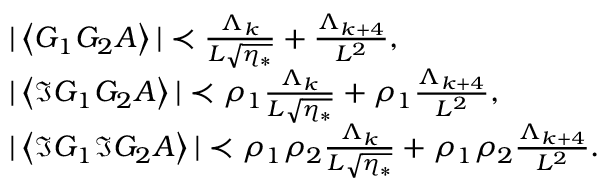
\begin{array} { r l } & { | \left\langle { G _ { 1 } G _ { 2 } A } \right\rangle | \prec \frac { \Lambda _ { k } } { L \sqrt { \eta _ { * } } } + \frac { \Lambda _ { k + 4 } } { L ^ { 2 } } , } \\ & { | \left\langle { \Im G _ { 1 } G _ { 2 } A } \right\rangle | \prec \rho _ { 1 } \frac { \Lambda _ { k } } { L \sqrt { \eta _ { * } } } + \rho _ { 1 } \frac { \Lambda _ { k + 4 } } { L ^ { 2 } } , } \\ & { | \left\langle { \Im G _ { 1 } \Im G _ { 2 } A } \right\rangle | \prec \rho _ { 1 } \rho _ { 2 } \frac { \Lambda _ { k } } { L \sqrt { \eta _ { * } } } + \rho _ { 1 } \rho _ { 2 } \frac { \Lambda _ { k + 4 } } { L ^ { 2 } } . } \end{array}